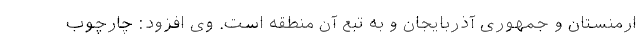
ارمنستان و جمهوری آذربایجان و به تبع آن منطقه است. وی افزود: چارچوب